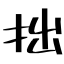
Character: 拙